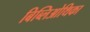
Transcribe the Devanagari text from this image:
बिब्लिओथिका